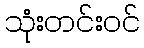
သုံးတင်းဝင်